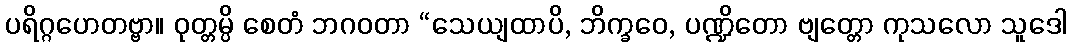
ပရိဂ္ဂဟေတဗ္ဗာ။ ဝုတ္တမ္ပိ စေတံ ဘဂဝတာ “သေယျထာပိ, ဘိက္ခဝေ, ပဏ္ဍိတော ဗျတ္တော ကုသလော သူဒေါ